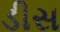
ડીસ